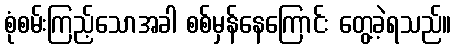
စုံစမ်းကြည့်သောအခါ စစ်မှန်နေကြောင်း တွေ့ခဲ့ရသည်။